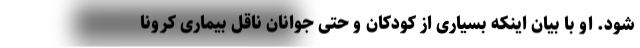
شود. او با بیان اینکه بسیاری از کودکان و حتی جوانان ناقل بیماری کرونا